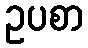
ဥပစာ